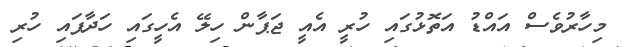
މިހާރުވެސް އައްޑު އަތޮޅުގައި ހުރީ އެއީ ޖަޕާން ހިލޭ އެހީގައި ހަދާފައި ހުރި